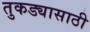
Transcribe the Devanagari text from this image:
तुकड्यासाठी